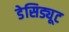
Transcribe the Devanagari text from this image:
डेसिड्यूट